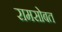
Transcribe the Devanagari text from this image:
रामसोबत